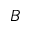
B